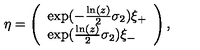
\eta = \left( \begin{array} { l } { \exp ( - \frac { \ln ( z ) } { 2 } \sigma _ { 2 } ) \xi _ { + } } \\ { \exp ( \frac { \ln ( z ) } { 2 } \sigma _ { 2 } ) \xi _ { - } } \\ \end{array} \right) ,